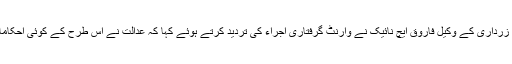
دوسری جانب آصف زرداری کے وکیل فاروق ایچ نائیک نے وارنٹ گرفتاری اجراء کی تردید کرتے ہوئے کہا کہ عدالت نے اس طرح کے کوئی احکامات جاری نہیں کیے۔